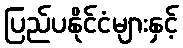
ပြည်ပနိုင်ငံများနှင့်